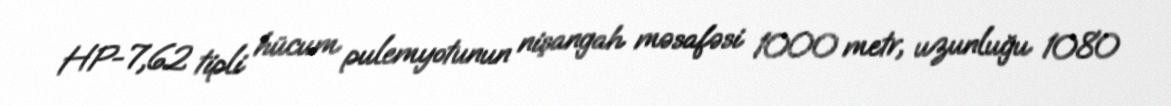
HP-7,62 tipli hücum pulemyotunun nişangah məsafəsi 1000 metr, uzunluğu 1080